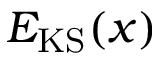
E _ { \mathrm { K S } } ( x )